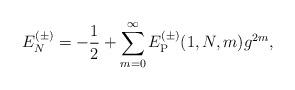
LaTeX: \begin{align*}E_N^{(\pm)} = - {1\over 2} + \sum_{m = 0}^\infty E_{\rm P}^{(\pm)}(1, N, m) g^{2m},\end{align*}